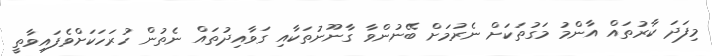
މިފަދަ ކާރުތައް އާންމު މަގުތަކަށް ނެރުމަށް ބޭނުންވާ ގާނޫނުތަކާއި ގަވާއިދުތައް ނެތުން ހުރަހަކަށްވެފައިވާތީ